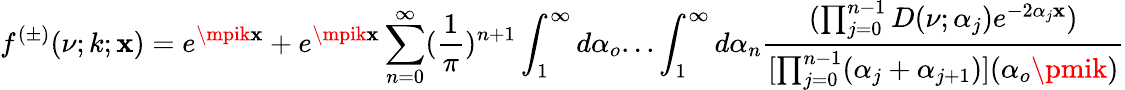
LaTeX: f^{(\pm)}(\nu;k;\mathbf{x})=e^{\mpik\mathbf{x}}+e^{\mpik\mathbf{x}}\sum_{n=0}^{\infty}(\frac{{1}}{{\pi}})^{n+1}\int_{1}^{\infty}d\alpha_{o}...\int_{1}^{\infty}d\alpha_{n}\frac{{(\prod_{j=0}^{n-1}D(\nu;\alpha_{j})e^{-2\alpha_{j}\mathbf{x}})}}{{[\prod_{j=0}^{n-1}(\alpha_{j}+\alpha_{j+1})](\alpha_{o}\pmik)}}